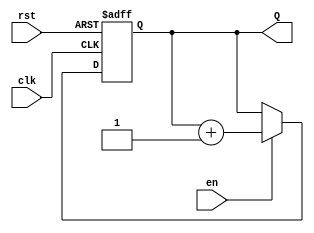
module binary_counter #(parameter N = 4) (
    input wire clk,      // Clock input
    input wire rst,      // Asynchronous reset
    input wire en,       // Enable signal
    output reg [N-1:0] Q // n-bit counter output
);

    // Asynchronous reset and counting logic
    always @(posedge clk or posedge rst) begin
        if (rst) begin
            Q <= 0; // Reset counter to 0
        end else if (en) begin
            Q <= Q + 1; // Increment counter
        end
    end

endmodule